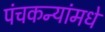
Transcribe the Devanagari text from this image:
पंचकन्यांमधे